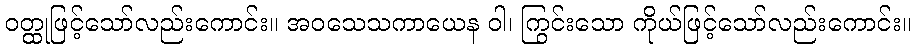
ဝတ္ထုဖြင့်သော်လည်းကောင်း။ အဝသေသကာယေန ဝါ၊ ကြွင်းသော ကိုယ်ဖြင့်သော်လည်းကောင်း။